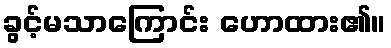
ခွင့်မသာကြောင်း ဟောထား၏။